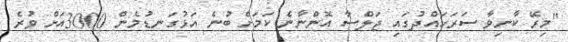
"މިރޭ ކާނިވާ ސަރަހައްދުގައި ޖަލްސާ އޮންނާނެ ކަމަށް ބުނެ އަޅުގަނޑުމެން 3000އަށް ވުރެ